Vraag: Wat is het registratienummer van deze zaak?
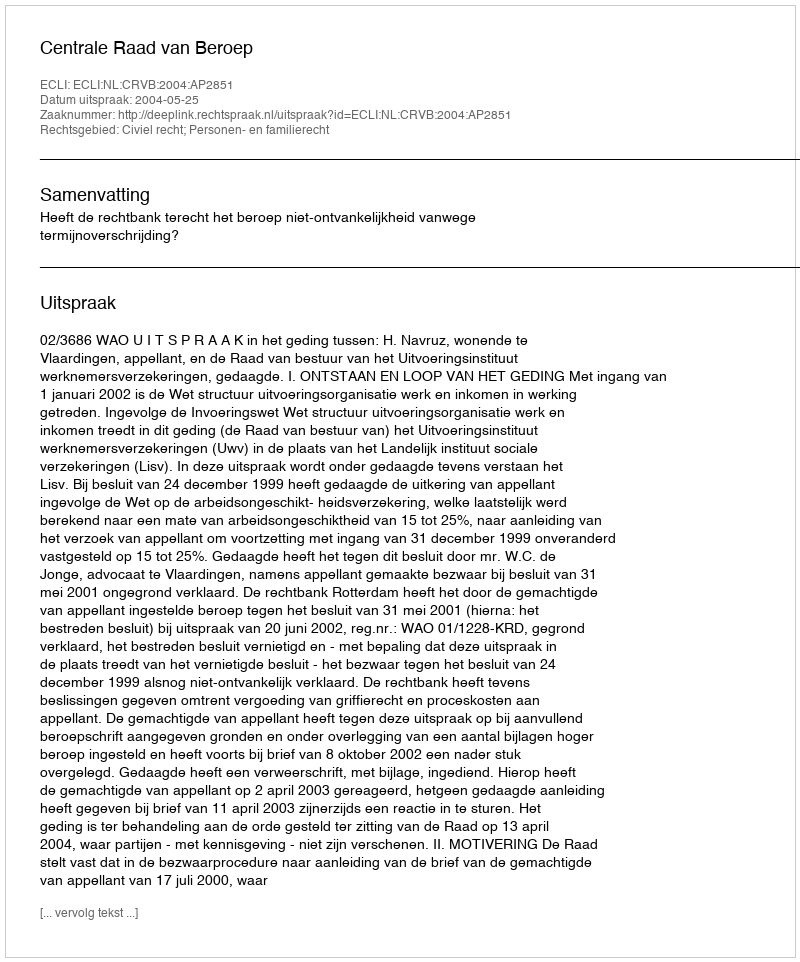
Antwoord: http://deeplink.rechtspraak.nl/uitspraak?id=ECLI:NL:CRVB:2004:AP2851